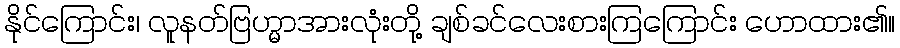
နိုင်ကြောင်း၊ လူနတ်ဗြဟ္မာအားလုံးတို့ ချစ်ခင်လေးစားကြကြောင်း ဟောထား၏။